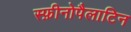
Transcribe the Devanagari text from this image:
स्फ़ीनोपैलाटिन